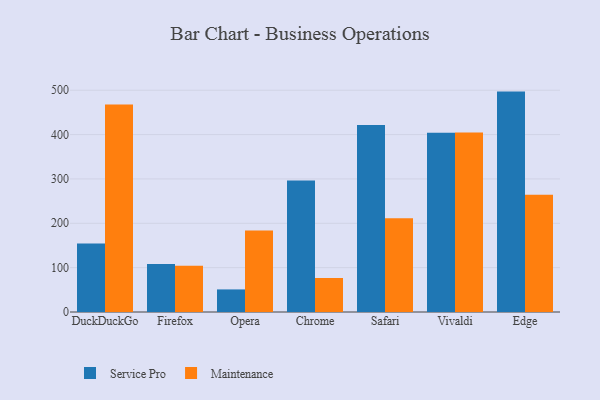
{"axis": {"x": "Browser", "y": "Energy Usage (MWh)"}, "legend": ["Maintenance", "Service Pro"], "data": [{"x": "DuckDuckGo", "y": 154.7, "type": "Service Pro"}, {"x": "DuckDuckGo", "y": 467.8, "type": "Maintenance"}, {"x": "Firefox", "y": 108.1, "type": "Service Pro"}, {"x": "Firefox", "y": 104.5, "type": "Maintenance"}, {"x": "Opera", "y": 50.9, "type": "Service Pro"}, {"x": "Opera", "y": 183.6, "type": "Maintenance"}, {"x": "Chrome", "y": 296.6, "type": "Service Pro"}, {"x": "Chrome", "y": 76.6, "type": "Maintenance"}, {"x": "Safari", "y": 421.5, "type": "Service Pro"}, {"x": "Safari", "y": 211.6, "type": "Maintenance"}, {"x": "Vivaldi", "y": 404.1, "type": "Service Pro"}, {"x": "Vivaldi", "y": 404.8, "type": "Maintenance"}, {"x": "Edge", "y": 496.9, "type": "Service Pro"}, {"x": "Edge", "y": 264.4, "type": "Maintenance"}]}